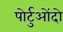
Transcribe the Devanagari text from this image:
पोर्टुओंदो